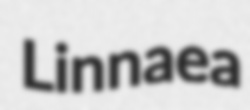
Linnaea